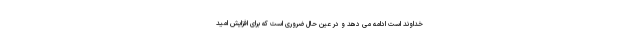
خداوند است ادامه می دهد و در عین حال ضروری است که برای افزایش امید